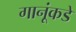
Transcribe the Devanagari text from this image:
गानूंकडे